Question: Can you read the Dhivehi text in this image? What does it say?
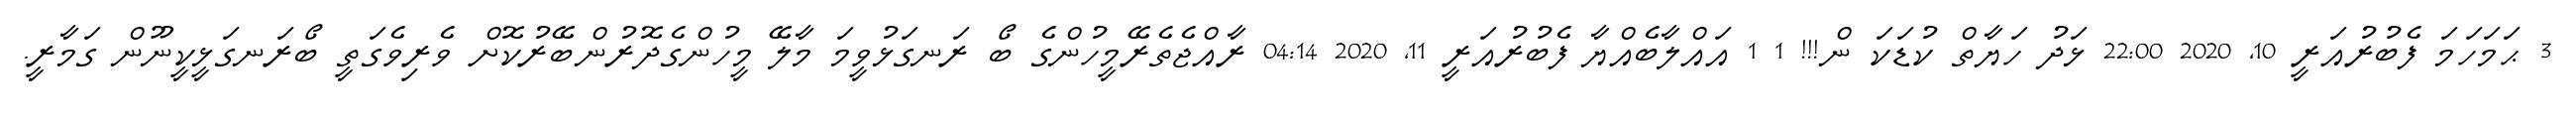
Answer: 3 ޙަމަހަމަ ފެބުރުއަރީ 10, 2020 22:00 ޅަދު ހަޔާތް ކުޑަކަ ން!!! 1 1 އައްލާބެއްޔާ ފެބުރުއަރީ 11, 2020 04:14 ރާއްޖެތެރޭމީހުންގެ ބޯ ރަނގަޅުވީމަ މާލޭ މީހުންގެދޮރުންބޭރުކޮށް ވެރިވެގަތީ ބޯރަނގަޅީކީނޫން ގަމާރީ.